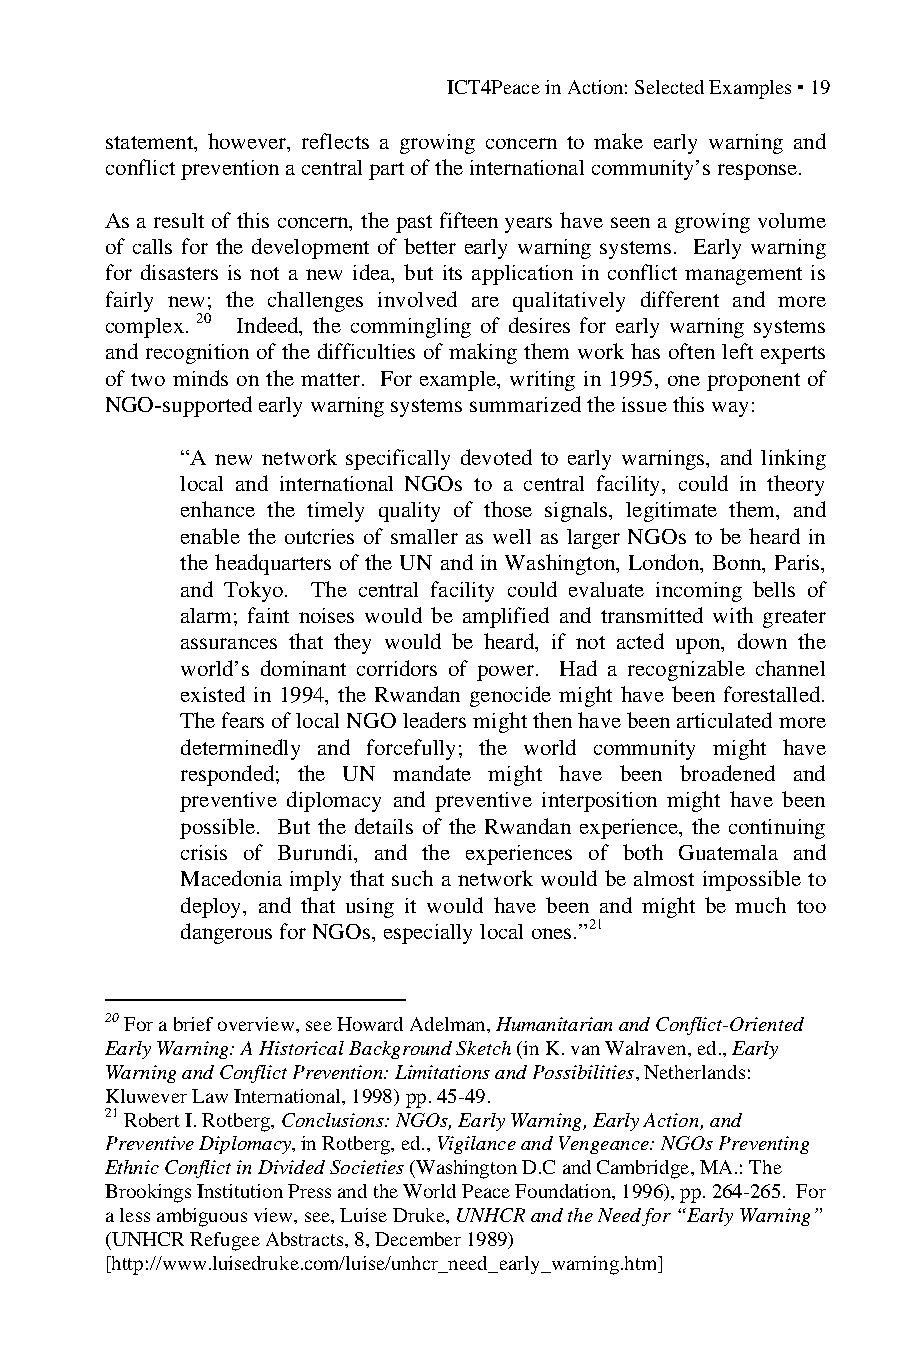
ICT4Peace in Action: Selected Examples ▪ 19
 statement, however, reflects a growing concern to make early warning and
 conflict prevention a central part of the international community’s response.
 As a result of this concern, the past fifteen years have seen a growing volume
 of calls for the development of better early warning systems. Early warning
 for disasters is not a new idea, but its application in conflict management is
 fairly new; the challenges involved are qualitatively different and more
 complex. 20 Indeed, the commingling of desires for early warning systems
 and recognition of the difficulties of making them work has often left experts
 of two minds on the matter. For example, writing in 1995, one proponent of
 NGO-supported early warning systems summarized the issue this way:
 “A new network specifically devoted to early warnings, and linking
 local and international NGOs to a central facility, could in theory
 enhance the timely quality of those signals, legitimate them, and
 enable the outcries of smaller as well as larger NGOs to be heard in
 the headquarters of the UN and in Washington, London, Bonn, Paris,
 and Tokyo. The central facility could evaluate incoming bells of
 alarm; faint noises would be amplified and transmitted with greater
 assurances that they would be heard, if not acted upon, down the
 world’s dominant corridors of power. Had a recognizable channel
 existed in 1994, the Rwandan genocide might have been forestalled.
 The fears of local NGO leaders might then have been articulated more
 determinedly and forcefully; the world community might have
 responded; the UN mandate might have been broadened and
 preventive diplomacy and preventive interposition might have been
 possible. But the details of the Rwandan experience, the continuing
 crisis of Burundi, and the experiences of both Guatemala and
 Macedonia imply that such a network would be almost impossible to
 deploy, and that using it would have been and might be much too
 dangerous for NGOs, especially local ones.”21
 20 For a brief overview, see Howard Adelman, Humanitarian and Conflict-Oriented
 Early Warning: A Historical Background Sketch (in K. van Walraven, ed., Early
 Warning and Conflict Prevention: Limitations and Possibilities, Netherlands:
 Kluwever Law International, 1998) pp. 45-49.
 21 Robert I. Rotberg, Conclusions: NGOs, Early Warning, Early Action, and
 Preventive Diplomacy, in Rotberg, ed., Vigilance and Vengeance: NGOs Preventing
 Ethnic Conflict in Divided Societies (Washington D.C and Cambridge, MA.: The
 Brookings Institution Press and the World Peace Foundation, 1996), pp. 264-265. For
 a less ambiguous view, see, Luise Druke, UNHCR and the Need for “Early Warning”
 (UNHCR Refugee Abstracts, 8, December 1989)
 [http://www.luisedruke.com/luise/unhcr_need_early_warning.htm]